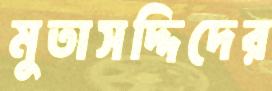
মুতাসদ্দিদের